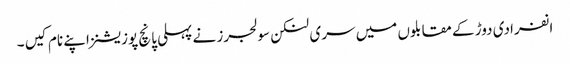
انفرادی دوڑ کے مقابلوں میں سری لنکن سولجرز نے پہلی پانچ پوزیشنز اپنے نام کیں ۔